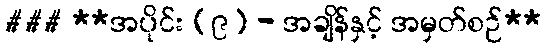
### **အပိုင်း (၉) - အချိန်နှင့် အမှတ်စဉ်**